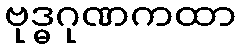
ဗုဒ္ဓဂုဏကထာ